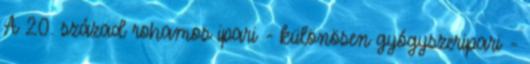
A 20. század rohamos ipari - különösen gyógyszeripari -